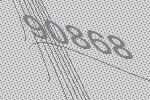
90868